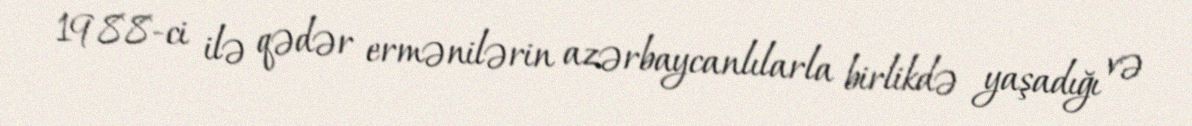
1988-ci ilə qədər ermənilərin azərbaycanlılarla birlikdə yaşadığı və